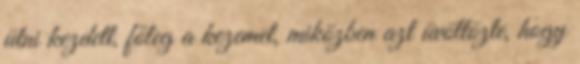
ütni kezdett, főleg a kezemet, miközben azt üvöltözte, hogy